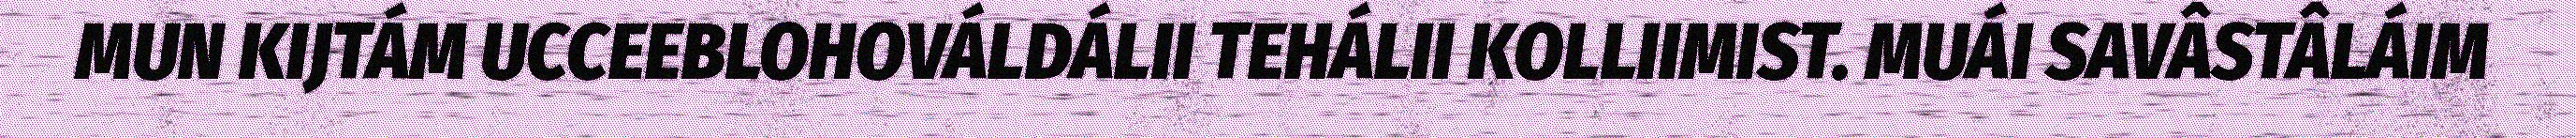
MUN KIJTÁM UCCEEBLOHOVÁLDÁLII TEHÁLII KOLLIIMIST. MUÁI SAVÂSTÂLÁIM